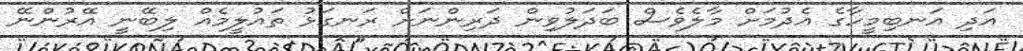
އަދި އަނބިމީހާގެ އެދުމަށް މާލެވެސް ބަދަލުވިން ދަރިންނަށް ރަނގަޅު ތައުލީމެއް ލިބޭނީ އޭރުންނޭ